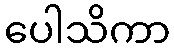
ပေါသိကာ